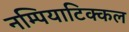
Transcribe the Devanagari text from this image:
नम्पियाटिक्कल